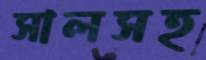
সালসহ